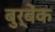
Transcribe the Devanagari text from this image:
बुर्बेंक